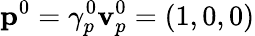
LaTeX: \mathbf{p}^{0}=\gamma_{p}^{0}\mathbf{v}_{p}^{0}=(1,0,0)